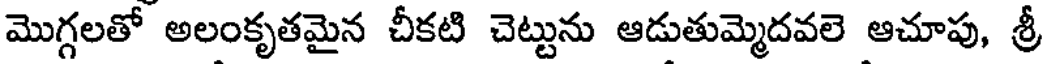
మొగ్గలతో అలంకృతమైన చీకటి చెట్టును ఆడుతుమ్మెదవలె ఆచూపు, శ్రీ